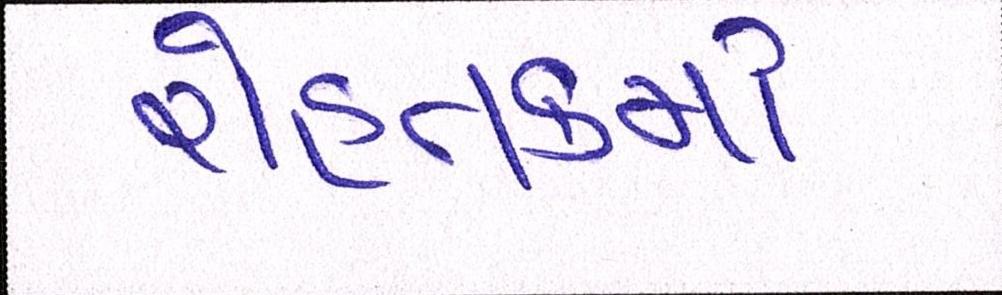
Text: રોહતકમાં